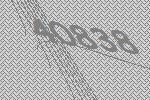
40838